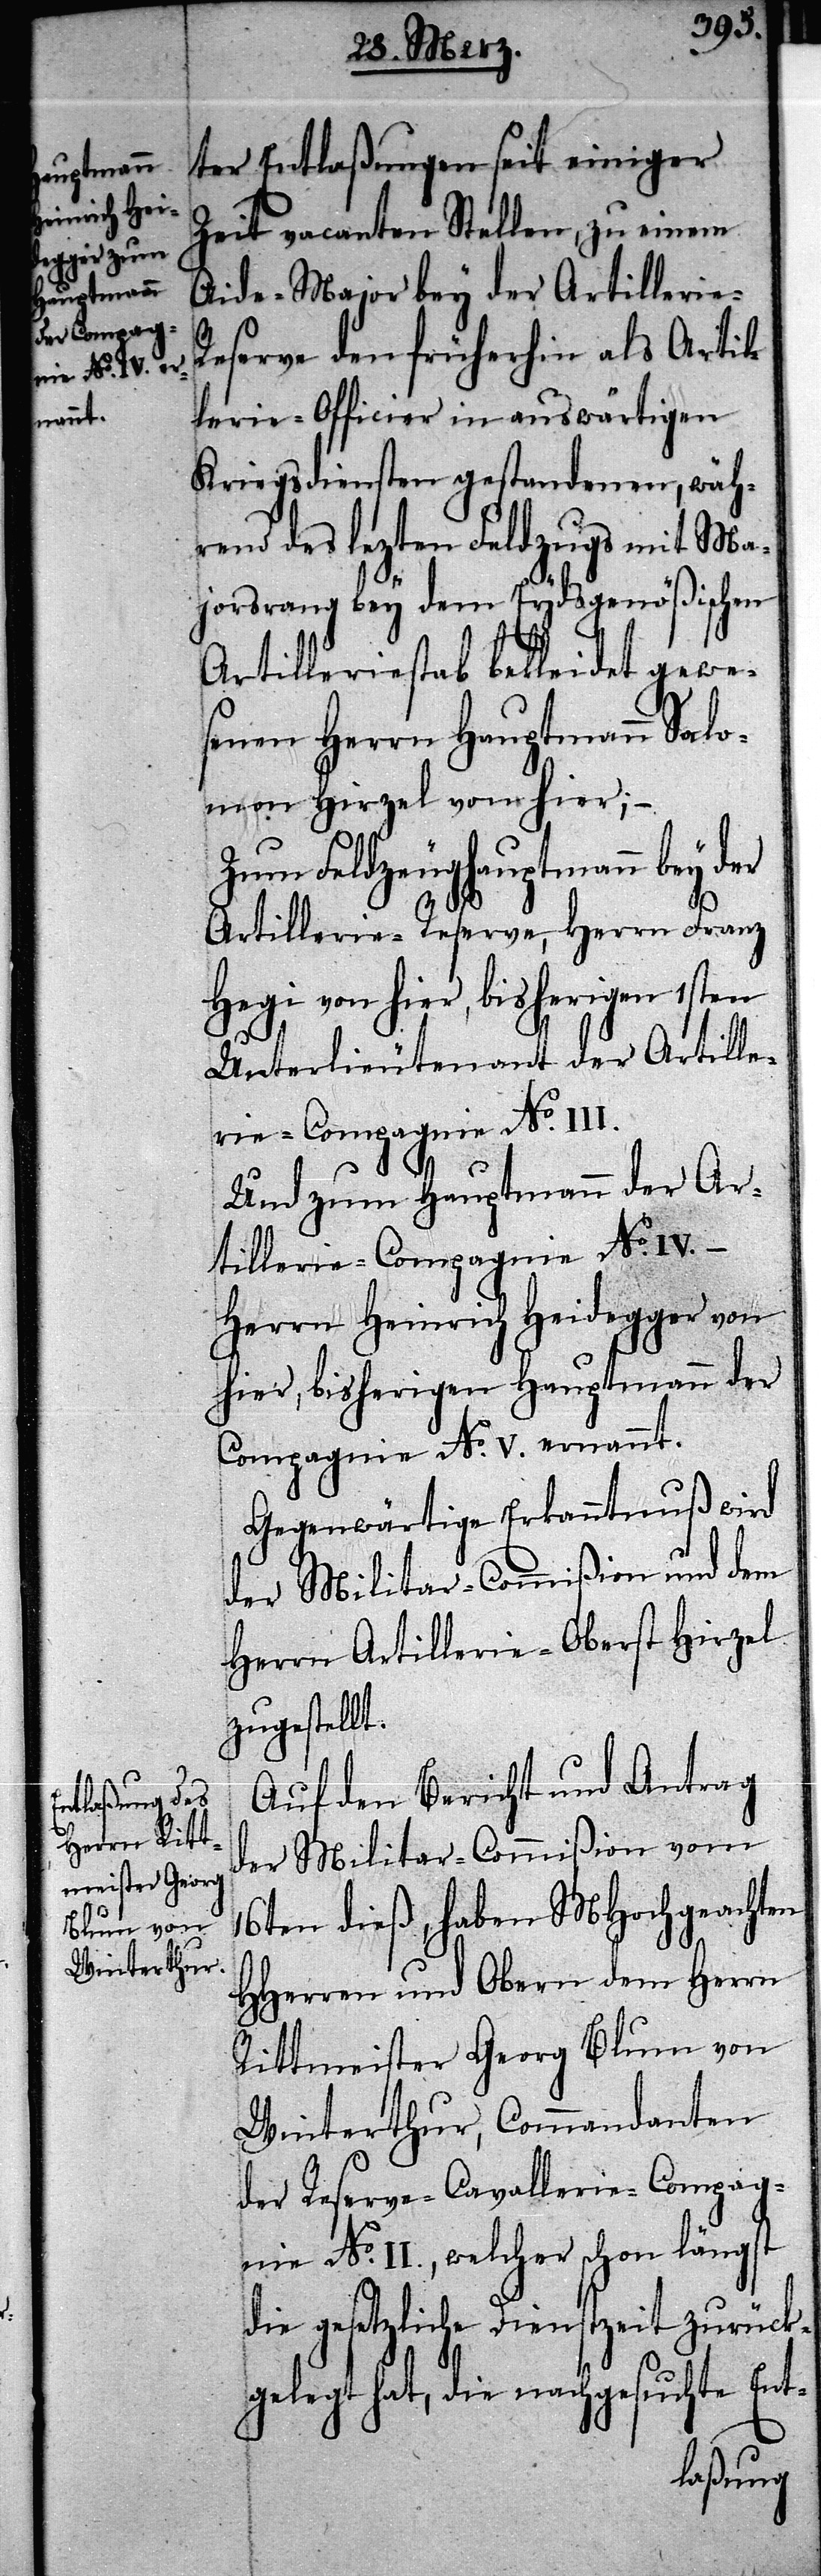
ter Entlaßungen seit einiger
Zeit vacanten Stellen, zu einem
Aide-Major bey der Artillerie-R¬
eserve den früherhin als Artil¬
lerie-Officier in auswärtigen
Kriegsdiensten gestandenen, wäh¬
rend des lezten Feldzugs mit Ma¬
jorsrang bey dem Eydsgenößischen
Artilleriestab bekleidet gewe¬
senen Herrn Hauptmann Salo¬
mon Hirzel von hier; –
Zum Feldzeughauptmann bey der
Artillerie-Reserve, Herrn Franz
Hegi von hier, bisherigen 1sten
Unterlieutenant der Artille¬
rie-Compagnie No. III.
Und zum Hauptmann der Ar¬
tillerie-Compagnie No. IV.
Herrn Heinrich Heidegger von
hier, bisherigen Hauptmann der
Compagnie No. V. ernannt.
Gegenwärtige Erkanntnuß wird
der Militar-Commißion und dem
Herrn Artillerie-Oberst Hirzel
zugestellt.
Auf den Bericht und Antrag
der Militar-Commißion vom
16ten dieß, haben MHochgeachten
HHerren und Obern dem Herrn
Rittmeister Georg Blum von
Winterthur, Commandanten
der Reserve-Cavallerie-Compag¬
nie No. II., welcher schon längst
die gesetzliche Dienstzeit zurück¬
gelegt hat, die nachgesuchte Ent-